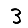
Digit: 3